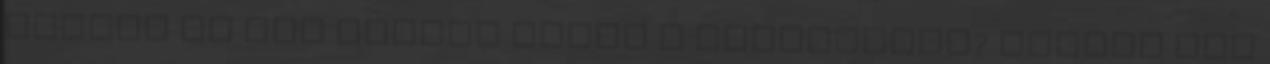
Olvasó Te mit tennél ebben a helyzetben? Hogyan fog